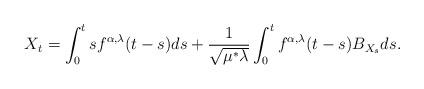
LaTeX: \begin{align*}X_t=\int_0^tsf^{\alpha,\lambda}(t-s)ds+\frac{1}{\sqrt{\mu^*\lambda}}\int_0^tf^{\alpha,\lambda}(t-s)B_{X_s}ds.\end{align*}